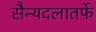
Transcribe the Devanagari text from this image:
सैन्यदलातर्फे